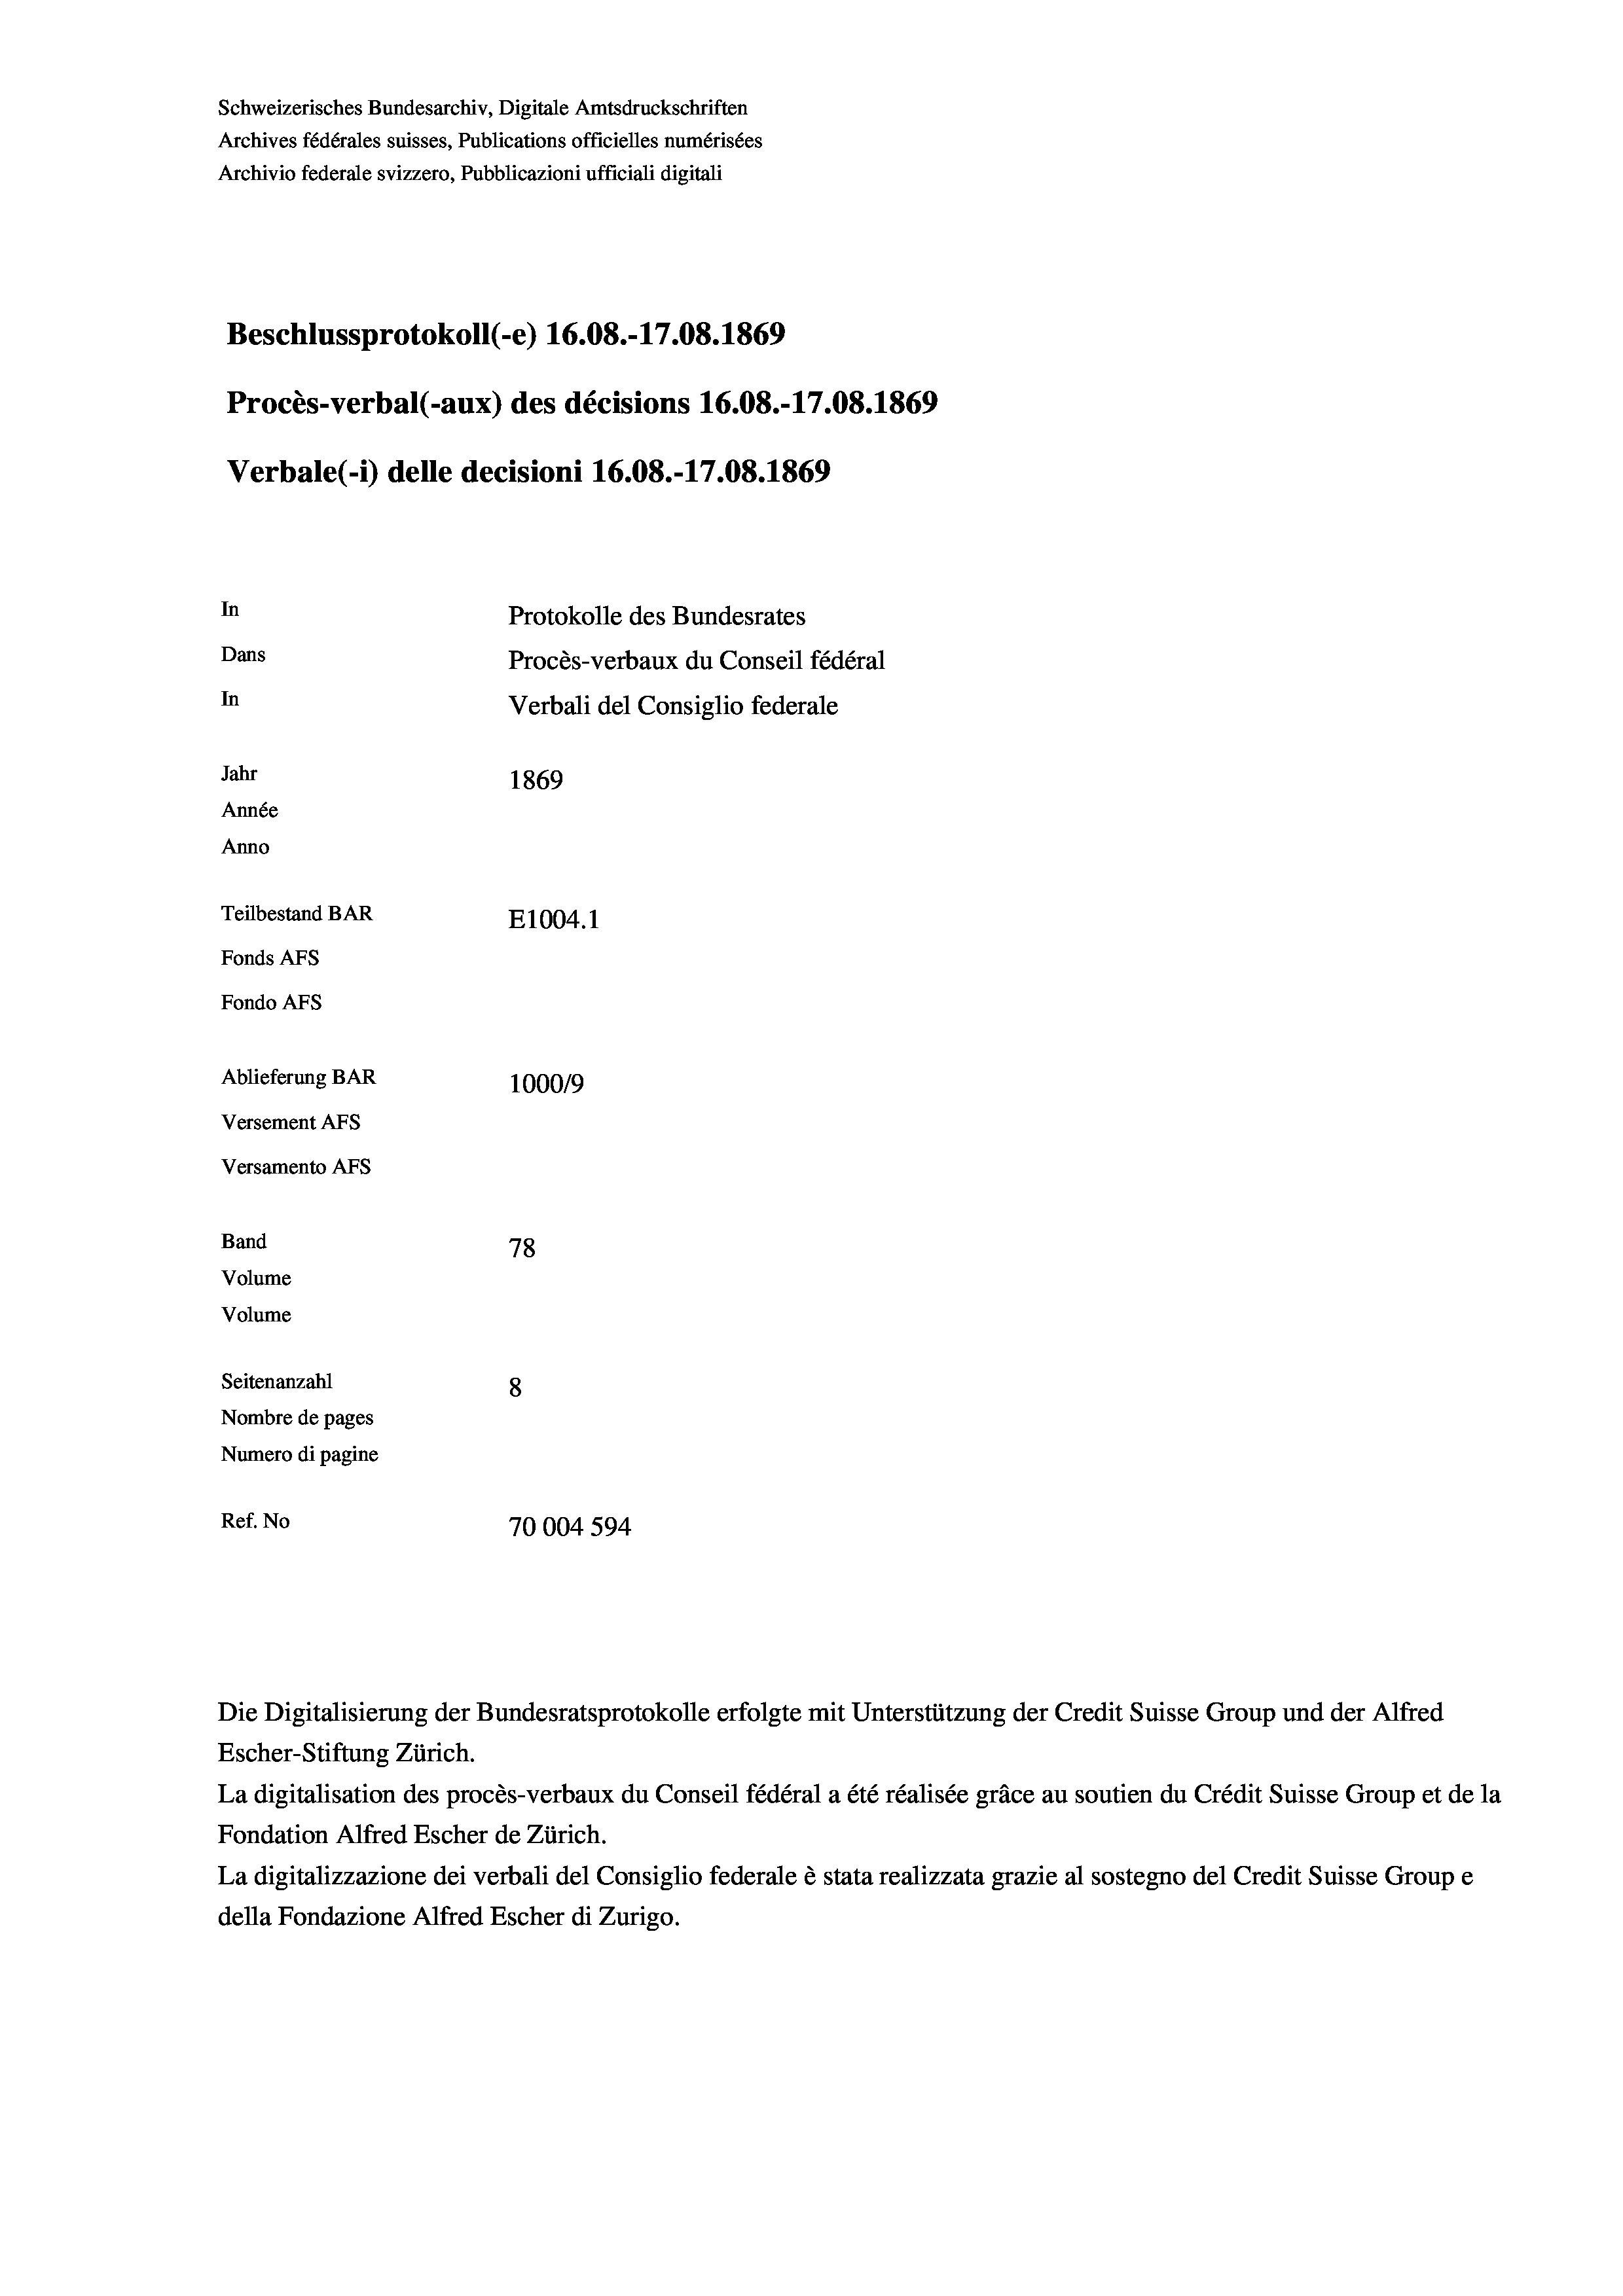
Schweizerisches Bundesarchiv, Digitale Amtsdruckschriften
Archives fédérales suisses, Publications officielles numérisées
Archivio federale svizzero, Pubblicazioni ufficiali digitali
Beschlussprotokoll (-e) 16.08.-17.08. 1869
Procès-verbal (-aux) des décisions 16.08.-17.08. 1869
Verbale(-*) delle decisioni 16.08.-17.08. 1869
In
Protokolle des Bundesrates
Dans
Procès-verbaux du Conseil fédéral
In
Verbali del Consiglio federale
Jahr
1869
Année
Anno
Teilbestand BAR
E1004.1
Fonds AFs
Fondo AFS
Ablieferung BAR
1000/9
Versement As
Versamento Afs
Band
78
Volume
Volume

Seitenanzahl
8
Nombre de pages
Numero di pagine
Ref. No
70004 594

Escher-Stiftung Zürich.
La digitalisation des procès-verbaux du Conseil fédéral a été réalisée gräce au soutien du Crédit Suisse Group et de la
Fondation Alfred Escher de Zürich.
La digitalizzazione dei verbali del Consiglio federale è stata realizzata grazie al sostegno del Credit Suisse Groupe
della Fondazione Alfred Escher di Zurigo.

Die Digitalisierung der Bundesratsprotokolle erfolgte mit Unterstützung der Credit Suisse Group und der Alfred